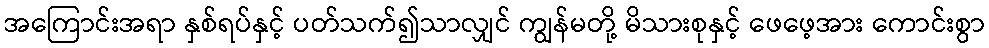
အကြောင်းအရာ နှစ်ရပ်နှင့် ပတ်သက်၍သာလျှင် ကျွန်မတို့ မိသားစုနှင့် ဖေဖေ့အား ကောင်းစွာ